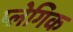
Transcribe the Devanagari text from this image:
प्लेगिक